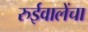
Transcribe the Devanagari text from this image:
रुईवालेंचा